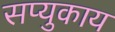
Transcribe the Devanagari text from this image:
सप्युकाय